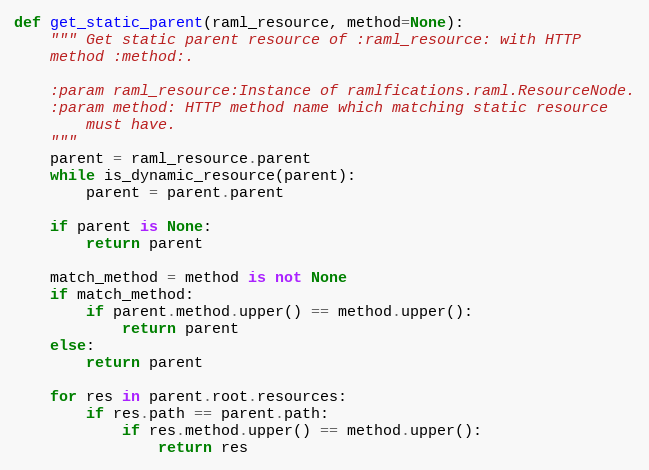
Language: Python
def get_static_parent(raml_resource, method=None):
    """ Get static parent resource of :raml_resource: with HTTP
    method :method:.

    :param raml_resource:Instance of ramlfications.raml.ResourceNode.
    :param method: HTTP method name which matching static resource
        must have.
    """
    parent = raml_resource.parent
    while is_dynamic_resource(parent):
        parent = parent.parent

    if parent is None:
        return parent

    match_method = method is not None
    if match_method:
        if parent.method.upper() == method.upper():
            return parent
    else:
        return parent

    for res in parent.root.resources:
        if res.path == parent.path:
            if res.method.upper() == method.upper():
                return res